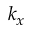
k _ { x }